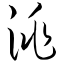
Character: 洮